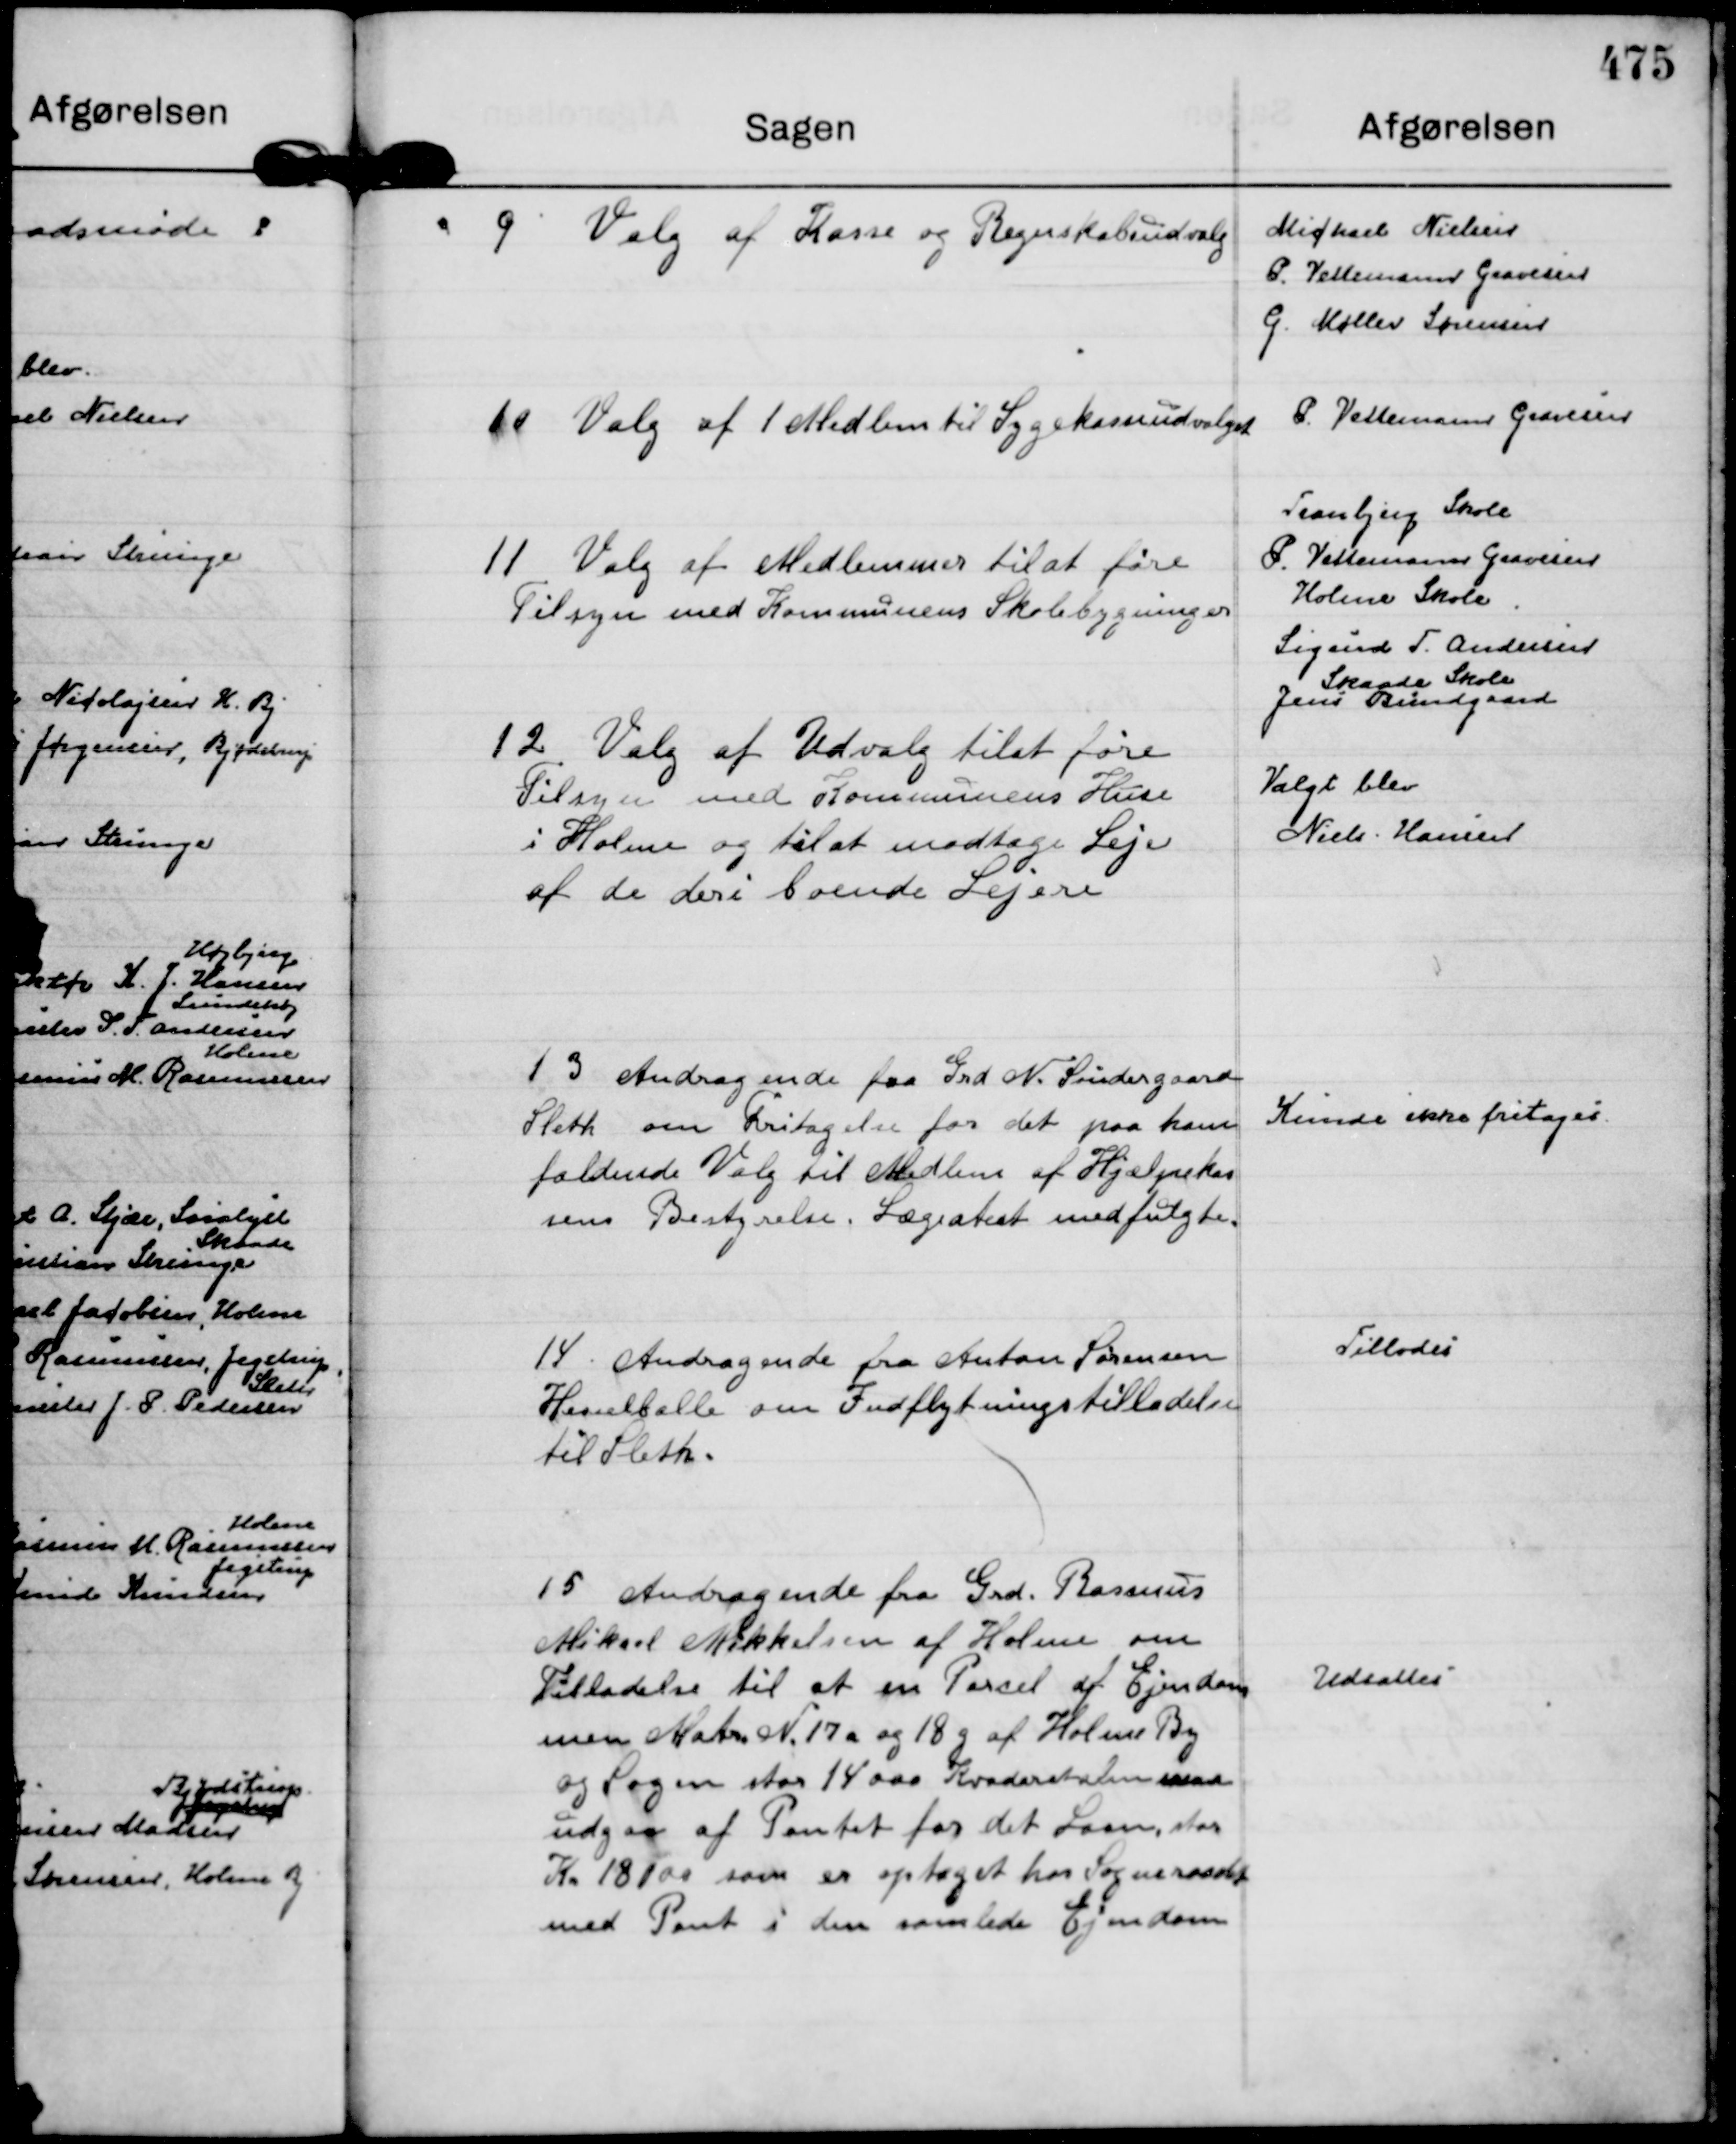
Transskription:
9
Valg af Kasse og Regnskabsudvalg

Michael Nielsen
P. Vettemann Gravesen
G. Møller Sørensen

10
Valg af 1 Medlem til Sygekasseudvalget

P. Vettemann Gravesen

11
Valg af Medlemmer til at føre
Tilsyn med Kommunens Skolebygninger

Tranbjerg Skole
P. Vettemann Gravesen
Holme Skole
Sigurd T. Andersen
Skaade Skole
Jens Bundgaard

12
Valg af Udvalg til at føre
Tilsyn med Kommunens Huse
i Holme og til at modtage Leje
af de deri boende Lejere

Valgt blev
Niels . Hansen

13
Andragende fra Grd N. Søndergaard
Sleth om Fritagelse for det paa ham
faldende Valg til Medlem af Hjælpekas
sens Bestyrelse. Lægeatest medfulgte.

Kunde ikke fritages.

14.
Andragende fra Anton Sørensen 
Hesselballe om Indflytningstilladelse
til Sleth.

Tillodes

15
Andragende fra Grd. Rasmus
Mikael Mikkelsen af Holme om
Tilladelse til at en Parcel af Ejendom
men Matr N. 17 a og 18 g af Holme By
og Sogn stor 14000 Kvadarstalm maa
udgaa af Pantet for det Laan, stor
Kr 18100 som er optaget hos Sogneraadet
med Pant i den samlede Ejendom

Udsattes